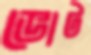
ভোট